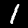
Digit: 1